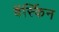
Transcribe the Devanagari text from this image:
बॅर्स्किन